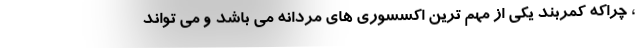
، چراکه کمربند یکی از مهم ترین اکسسوری های مردانه می باشد و می تواند